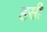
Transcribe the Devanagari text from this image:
हर्सीं